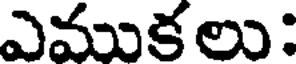
ఎముకలు: